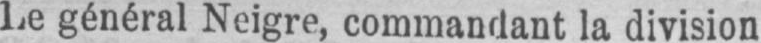
Le général Neigre, commandant la division